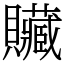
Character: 贜